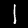
Digit: 1